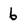
Character: 6